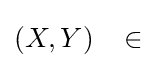
(X,Y)\;\;\;\in